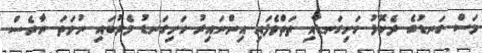
މަސް ގަނޑުގެ ދެކޮޅު ހަށިގަނޑާއި ތަތްވެފައި އިންނައިރު ހަށިގަނޑު މެދުބައި ނުވަތަ ނާރެސް